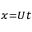
_ { x = U t }